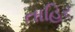
તાહિર